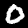
Label: 0